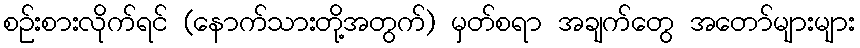
စဉ်းစားလိုက်ရင် (နောက်သားတို့အတွက်) မှတ်စရာ အချက်တွေ အတော်များများ